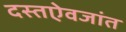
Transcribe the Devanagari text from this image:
दस्तऐवजांत